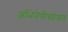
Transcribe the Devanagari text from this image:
अभिनेत्रींसोबत